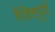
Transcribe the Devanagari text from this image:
वैशिष्टपुर्ण